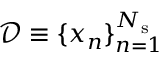
\mathcal { D } \equiv \{ x _ { n } \} _ { n = 1 } ^ { N _ { \mathrm { s } } }